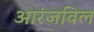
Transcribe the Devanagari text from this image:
आरंजविल